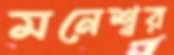
মনেশ্বর